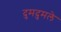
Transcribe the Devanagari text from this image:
दुमदुमले